Civil Veterinary Dept. Bombay admin report 1923-31 - 1923-1931
Year: 1923
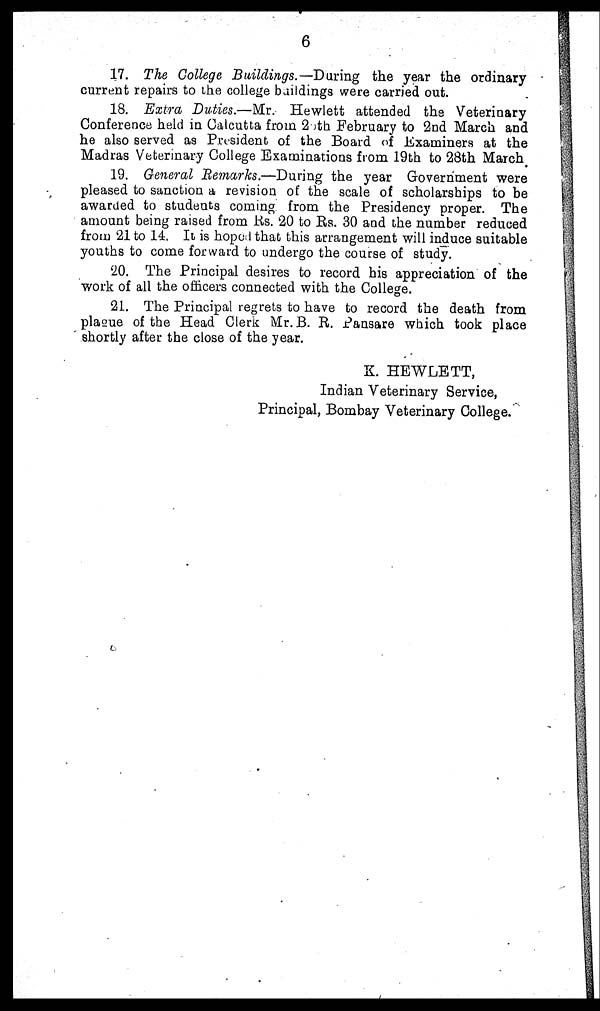
6
17. The College Buildings.—During the year the ordinary
current repairs to the college buildings were carried out.
18. Extra Duties.—Mr. Hewlett attended the Veterinary
Conference held in Calcutta from 26th February to 2nd March and
he also served as President of the Board of Examiners at the
Madras Veterinary College Examinations from 19th to 28th March
19. General Remarks.—During the year Government were
pleased to sanction a revision of the scale of scholarships to be
awarded to students coming from the Presidency proper. The
amount being raised from Rs. 20 to Rs. 30 and the number reduced
from 21 to 14. It is hoped that this arrangement will induce suitable
youths to come forward to undergo the course of study.
20. The Principal desires to record his appreciation of the
work of all the officers connected with the College.
21. The Principal regrets to have to record the death from
plague of the Head Clerk Mr. B. R. Pansare which took place
shortly after the close of the year.
K. HEWLETT,
Indian Veterinary Service,
Principal, Bombay Veterinary College.